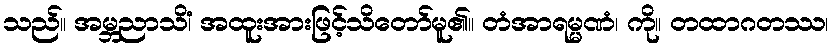
သည်။ အမ္ဘညာသိံ၊ အထူးအားဖြင့်သိတော်မူ၏။ တံအာရမ္မဏံ၊ ကို။ တထာဂတဿ၊